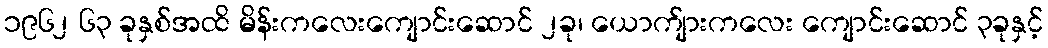
၁၉၆၂ ၆၃ ခုနှစ်အထိ မိန်းကလေးကျောင်းဆောင် ၂ခု၊ ယောက်ျားကလေး ကျောင်းဆောင် ၃ခုနှင့်